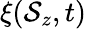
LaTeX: \xi(\mathcal{S}_{z},t)